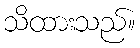
သိထားသည်။